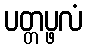
ပတ္တပ္ဖလံ